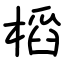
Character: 槄